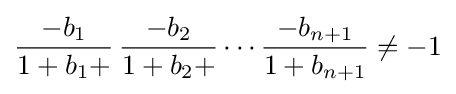
{\frac {-b_{1}}{1+b_{1}+}}\,{\frac {-b_{2}}{1+b_{2}+}}\cdots {\frac {-b_{n+1}}{1+b_{n+1}}}\neq -1